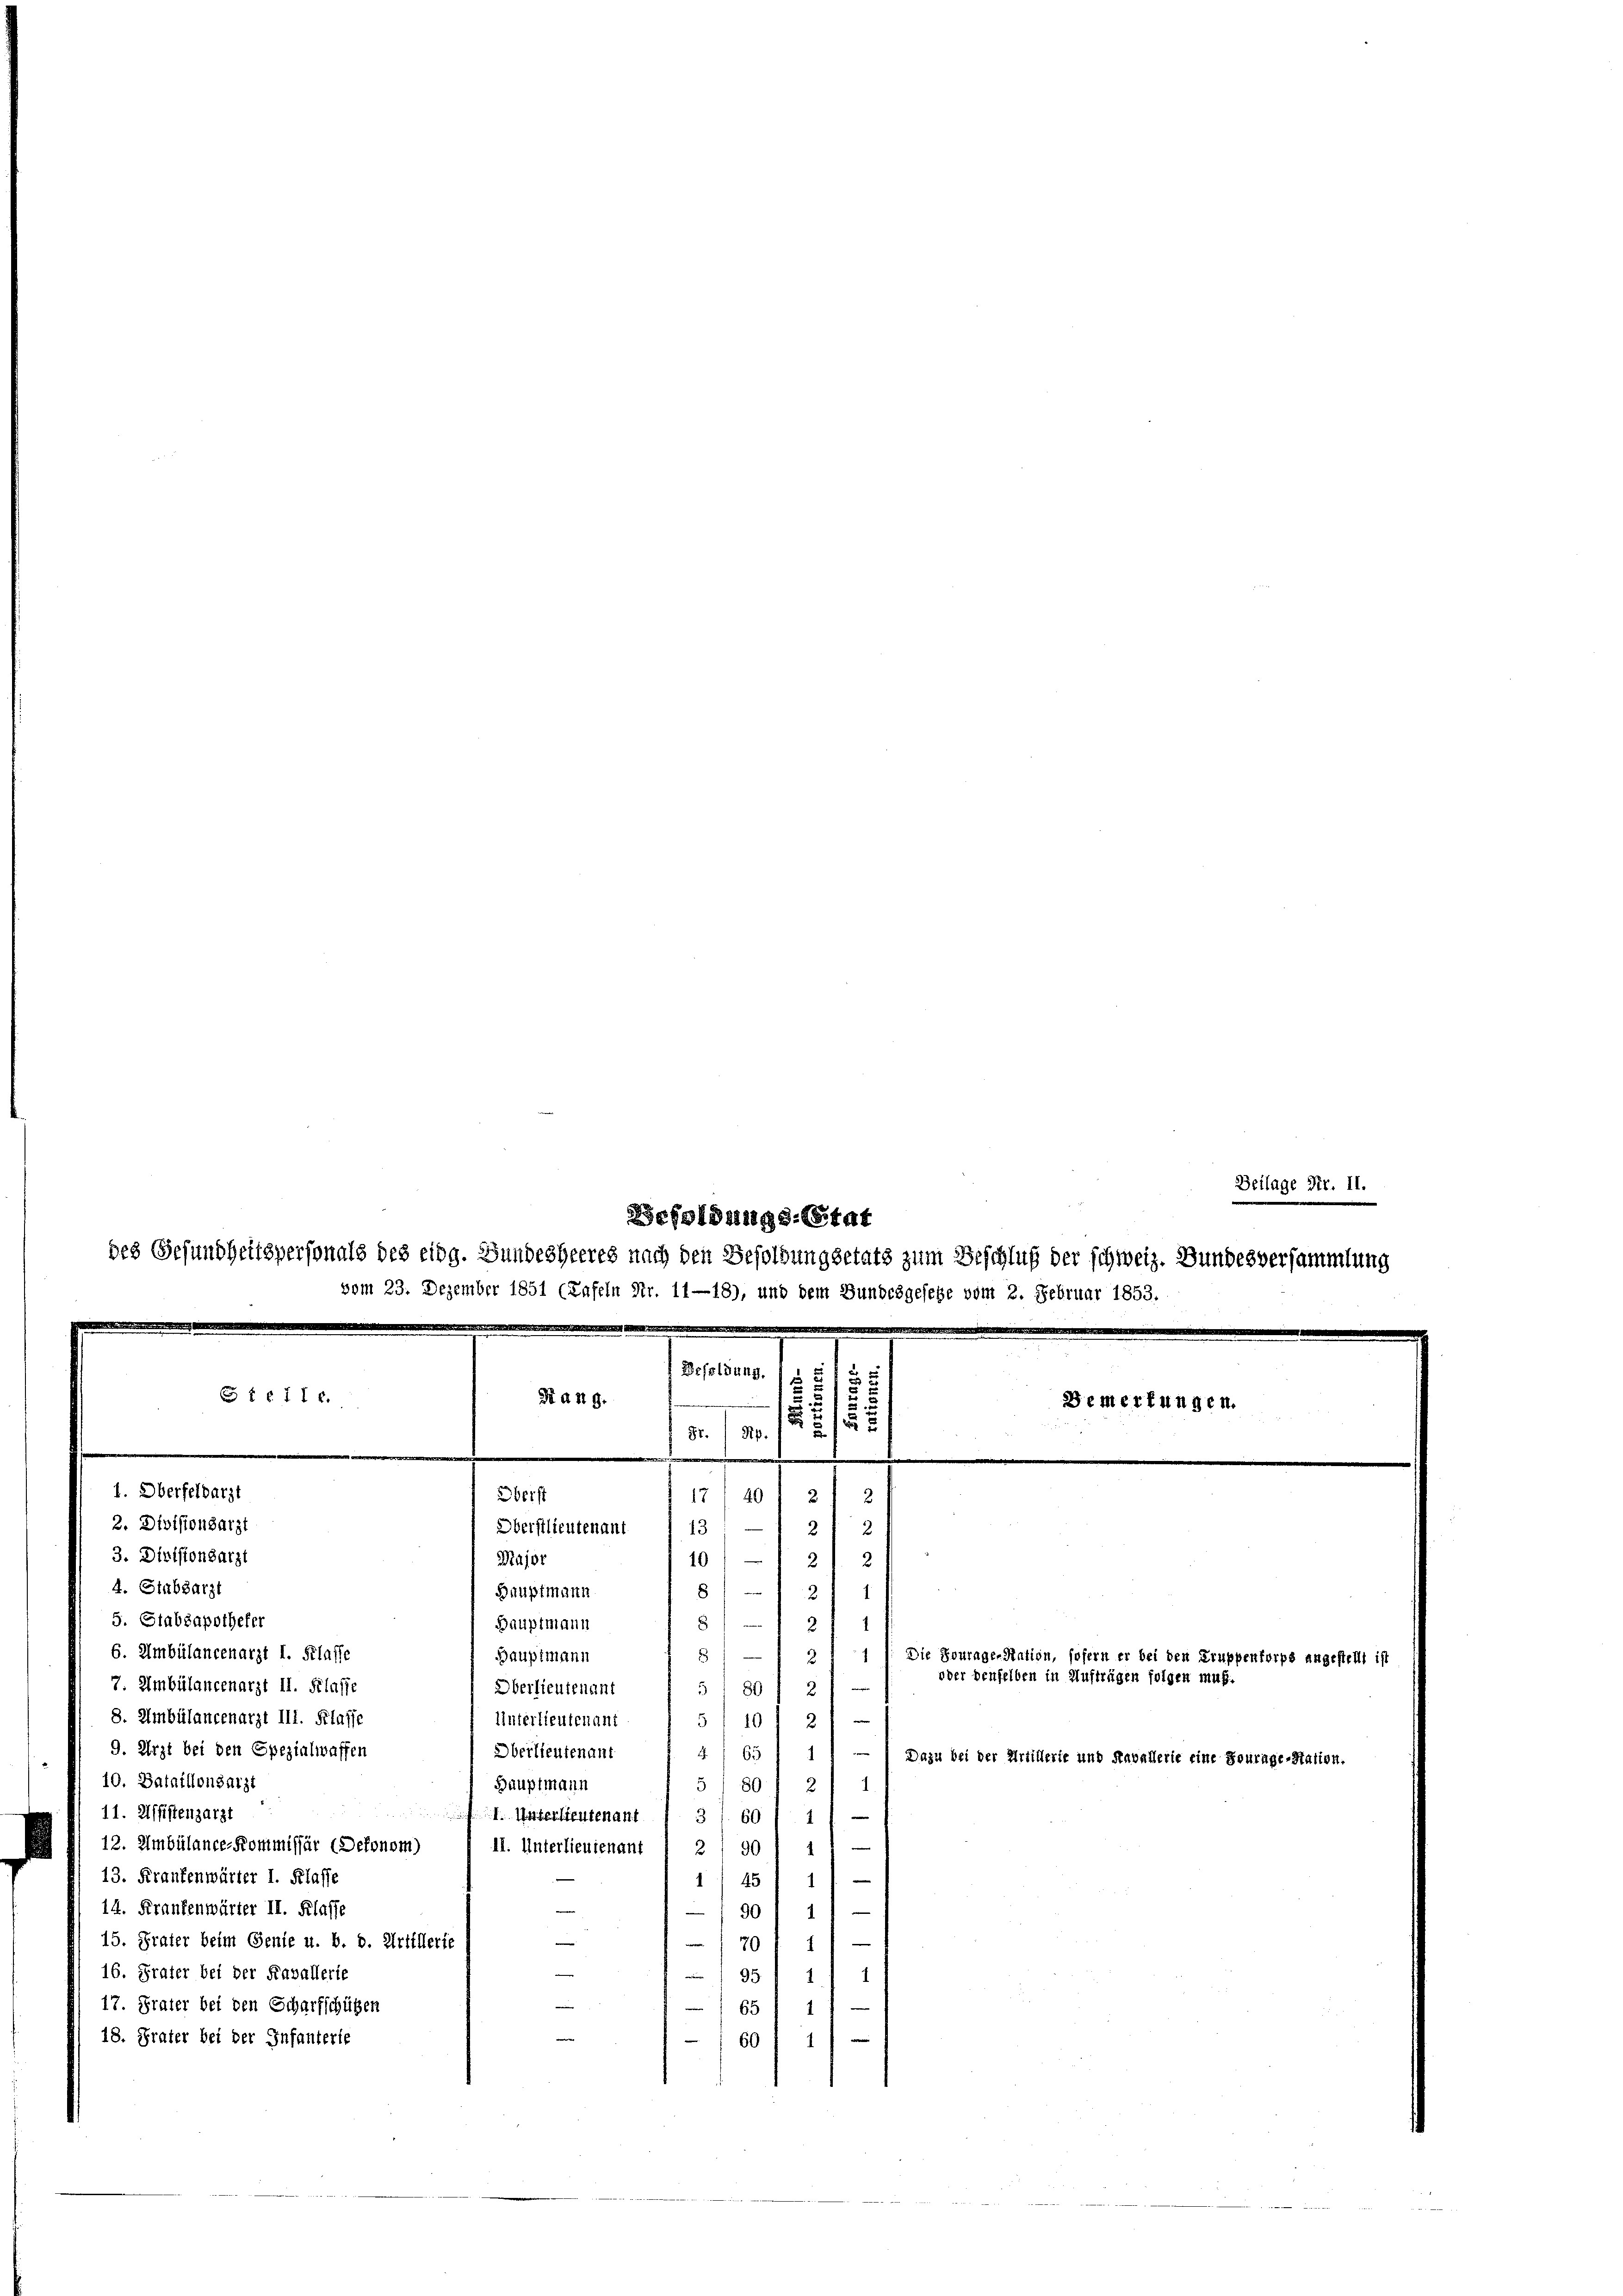
Beilage Str. II.
Besoldungs-Stat
des Gesundheitspersonals des eidg. Bundesheeres nach den Besoldungsetats zum Beschluß der schweiz. Bundesversammlung
vom 23. Dezember 1851 (Tafeln Nr. 11—18), und dem Bundesgesehe vom 2. Februar 1853.
deeigne

m
Befeldung.
5
 1611 f.
S a 119.
e

Gr. Rp.
.
1. Oberfeldarzt
Oberst
17140) 21 2

2. Divisionsarzt
22
13;
Oberstlieutenant
3. Divisionsarzt
Major
101
21 21
4. Stabsarzt
81
Hauptmann
1
1
s
5. Stabsapothefer
e
Bauptmann
6. Umbülancenarzt I. Klasse
5
Hauptmann
7. Ambülancenarzt II. Klasse
.
Oberlieutenant
s
8. Ambülancenarzt III. Klasse
2f
510
Unterlieutenant
9. Arzt bei den Spezialwaffen
Oberlieutenant
463
10. Bataillonsarzt
5 1 80
Hauptmann
1.
11. Uffistenzarzt
. Vaterstentenant
3 I. 60
12. Ambülance-Kommissär (Dekonom
II. Unterlieuienant 2 / 90
)
13. Fraufenwärter I. Klasse
1) 451
14. Frankenwärter II. Klasse
/90
15. Frater beim Genie u. b. d. Artillerie
70
16. Frater bei der Favallerie
95
17. Frater bei den Scharfschützen
65
18. Frater bei der Infanterie
60

Bemerkungen.

1) Die Fourage-Nation, sofern er bei den Truppenforps angestellt ist

oder denselben in Aufträgen folgen muß.
1) — Dazu bei der Artillerie und Kavallerie eine Fourage-Station.